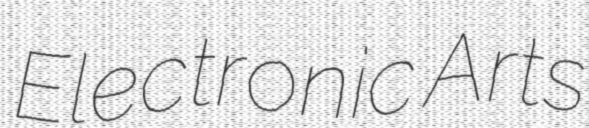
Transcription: Electronic Arts